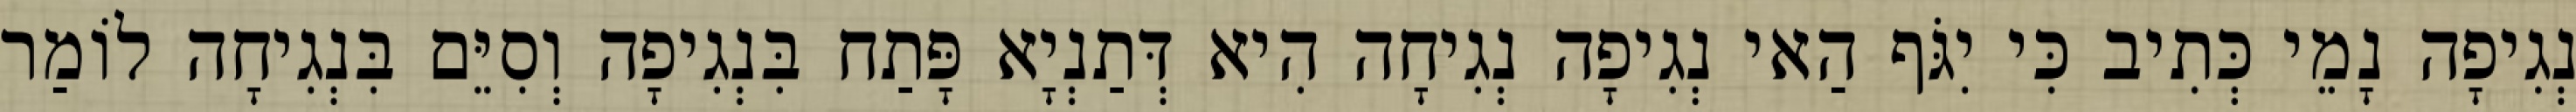
נְגִיפָה נָמֵי כְּתִיב כִּי יִגֹּף הַאי נְגִיפָה נְגִיחָה הִיא דְּתַנְיָא פָּתַח בִּנְגִיפָה וְסִיֵּם בִּנְגִיחָה לוֹמַר